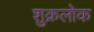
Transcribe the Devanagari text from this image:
शुक्रलोक